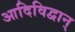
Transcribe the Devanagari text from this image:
आदिविद्वान्‌